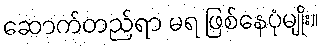
ဆောက်တည်ရာ မရ ဖြစ်နေပုံမျိုး။